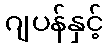
ဂျပန်နှင့်